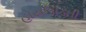
હોયઊડતી